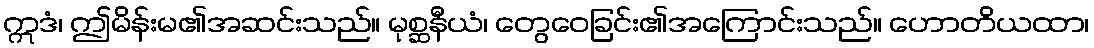
ဣဒံ၊ ဤမိန်းမ၏အဆင်းသည်။ မုစ္ဆနီယံ၊ တွေဝေခြင်း၏အကြောင်းသည်။ ဟောတိယထာ၊